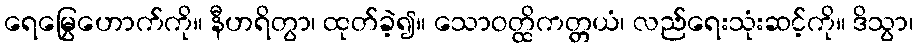
ရေမြွေဟောက်ကို။ နီဟရိတွာ၊ ထုတ်ခဲ့၍။ သောဝတ္ထိကတ္တယံ၊ လည်ရေးသုံးဆင့်ကို။ ဒိသွာ၊